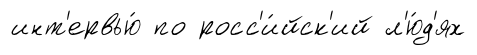
инт'ервью́ по росс'и́йск'ий л'ю́д'ях